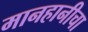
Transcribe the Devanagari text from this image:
मानहानीचा